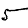
Digit: 5